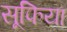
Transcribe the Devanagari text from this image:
सूफिया